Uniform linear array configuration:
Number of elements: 64
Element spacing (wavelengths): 0.5
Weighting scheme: binomial
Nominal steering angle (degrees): -30
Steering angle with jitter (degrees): -29.342
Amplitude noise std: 0.05
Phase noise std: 0.05

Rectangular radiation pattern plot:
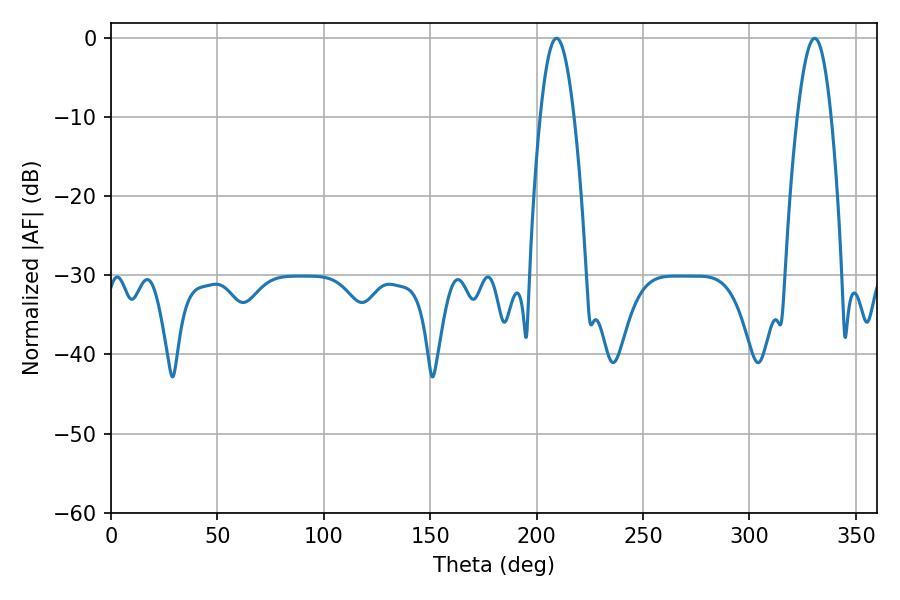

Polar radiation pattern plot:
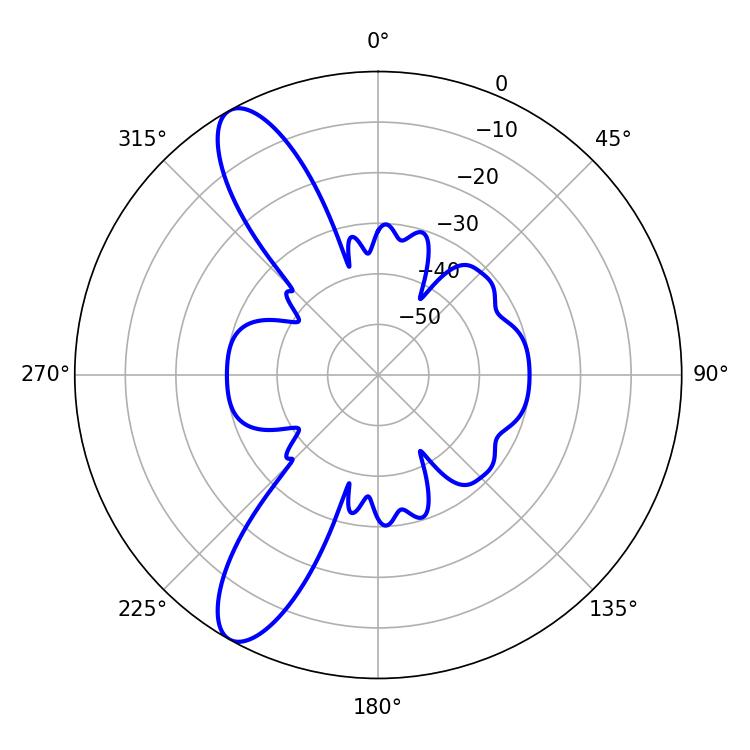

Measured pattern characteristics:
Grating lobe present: FALSE
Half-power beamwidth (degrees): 8.46
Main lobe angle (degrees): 209.34